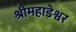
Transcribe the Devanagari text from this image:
श्रीमहाडेश्वर